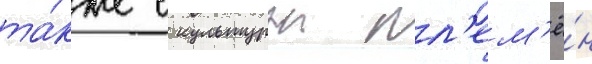
та́кже с культурои пл'ем'ё́н